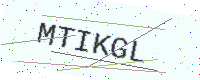
Text: MTIKGL